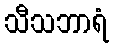
သီသဘာရံ